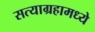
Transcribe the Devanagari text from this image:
सत्याग्रहामध्ये